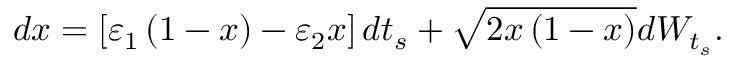
d x = \left[ \varepsilon _ { 1 } \left( 1 - x \right) - \varepsilon _ { 2 } x \right] d t _ { s } + \sqrt { 2 x \left( 1 - x \right) } d W _ { t _ { s } } .